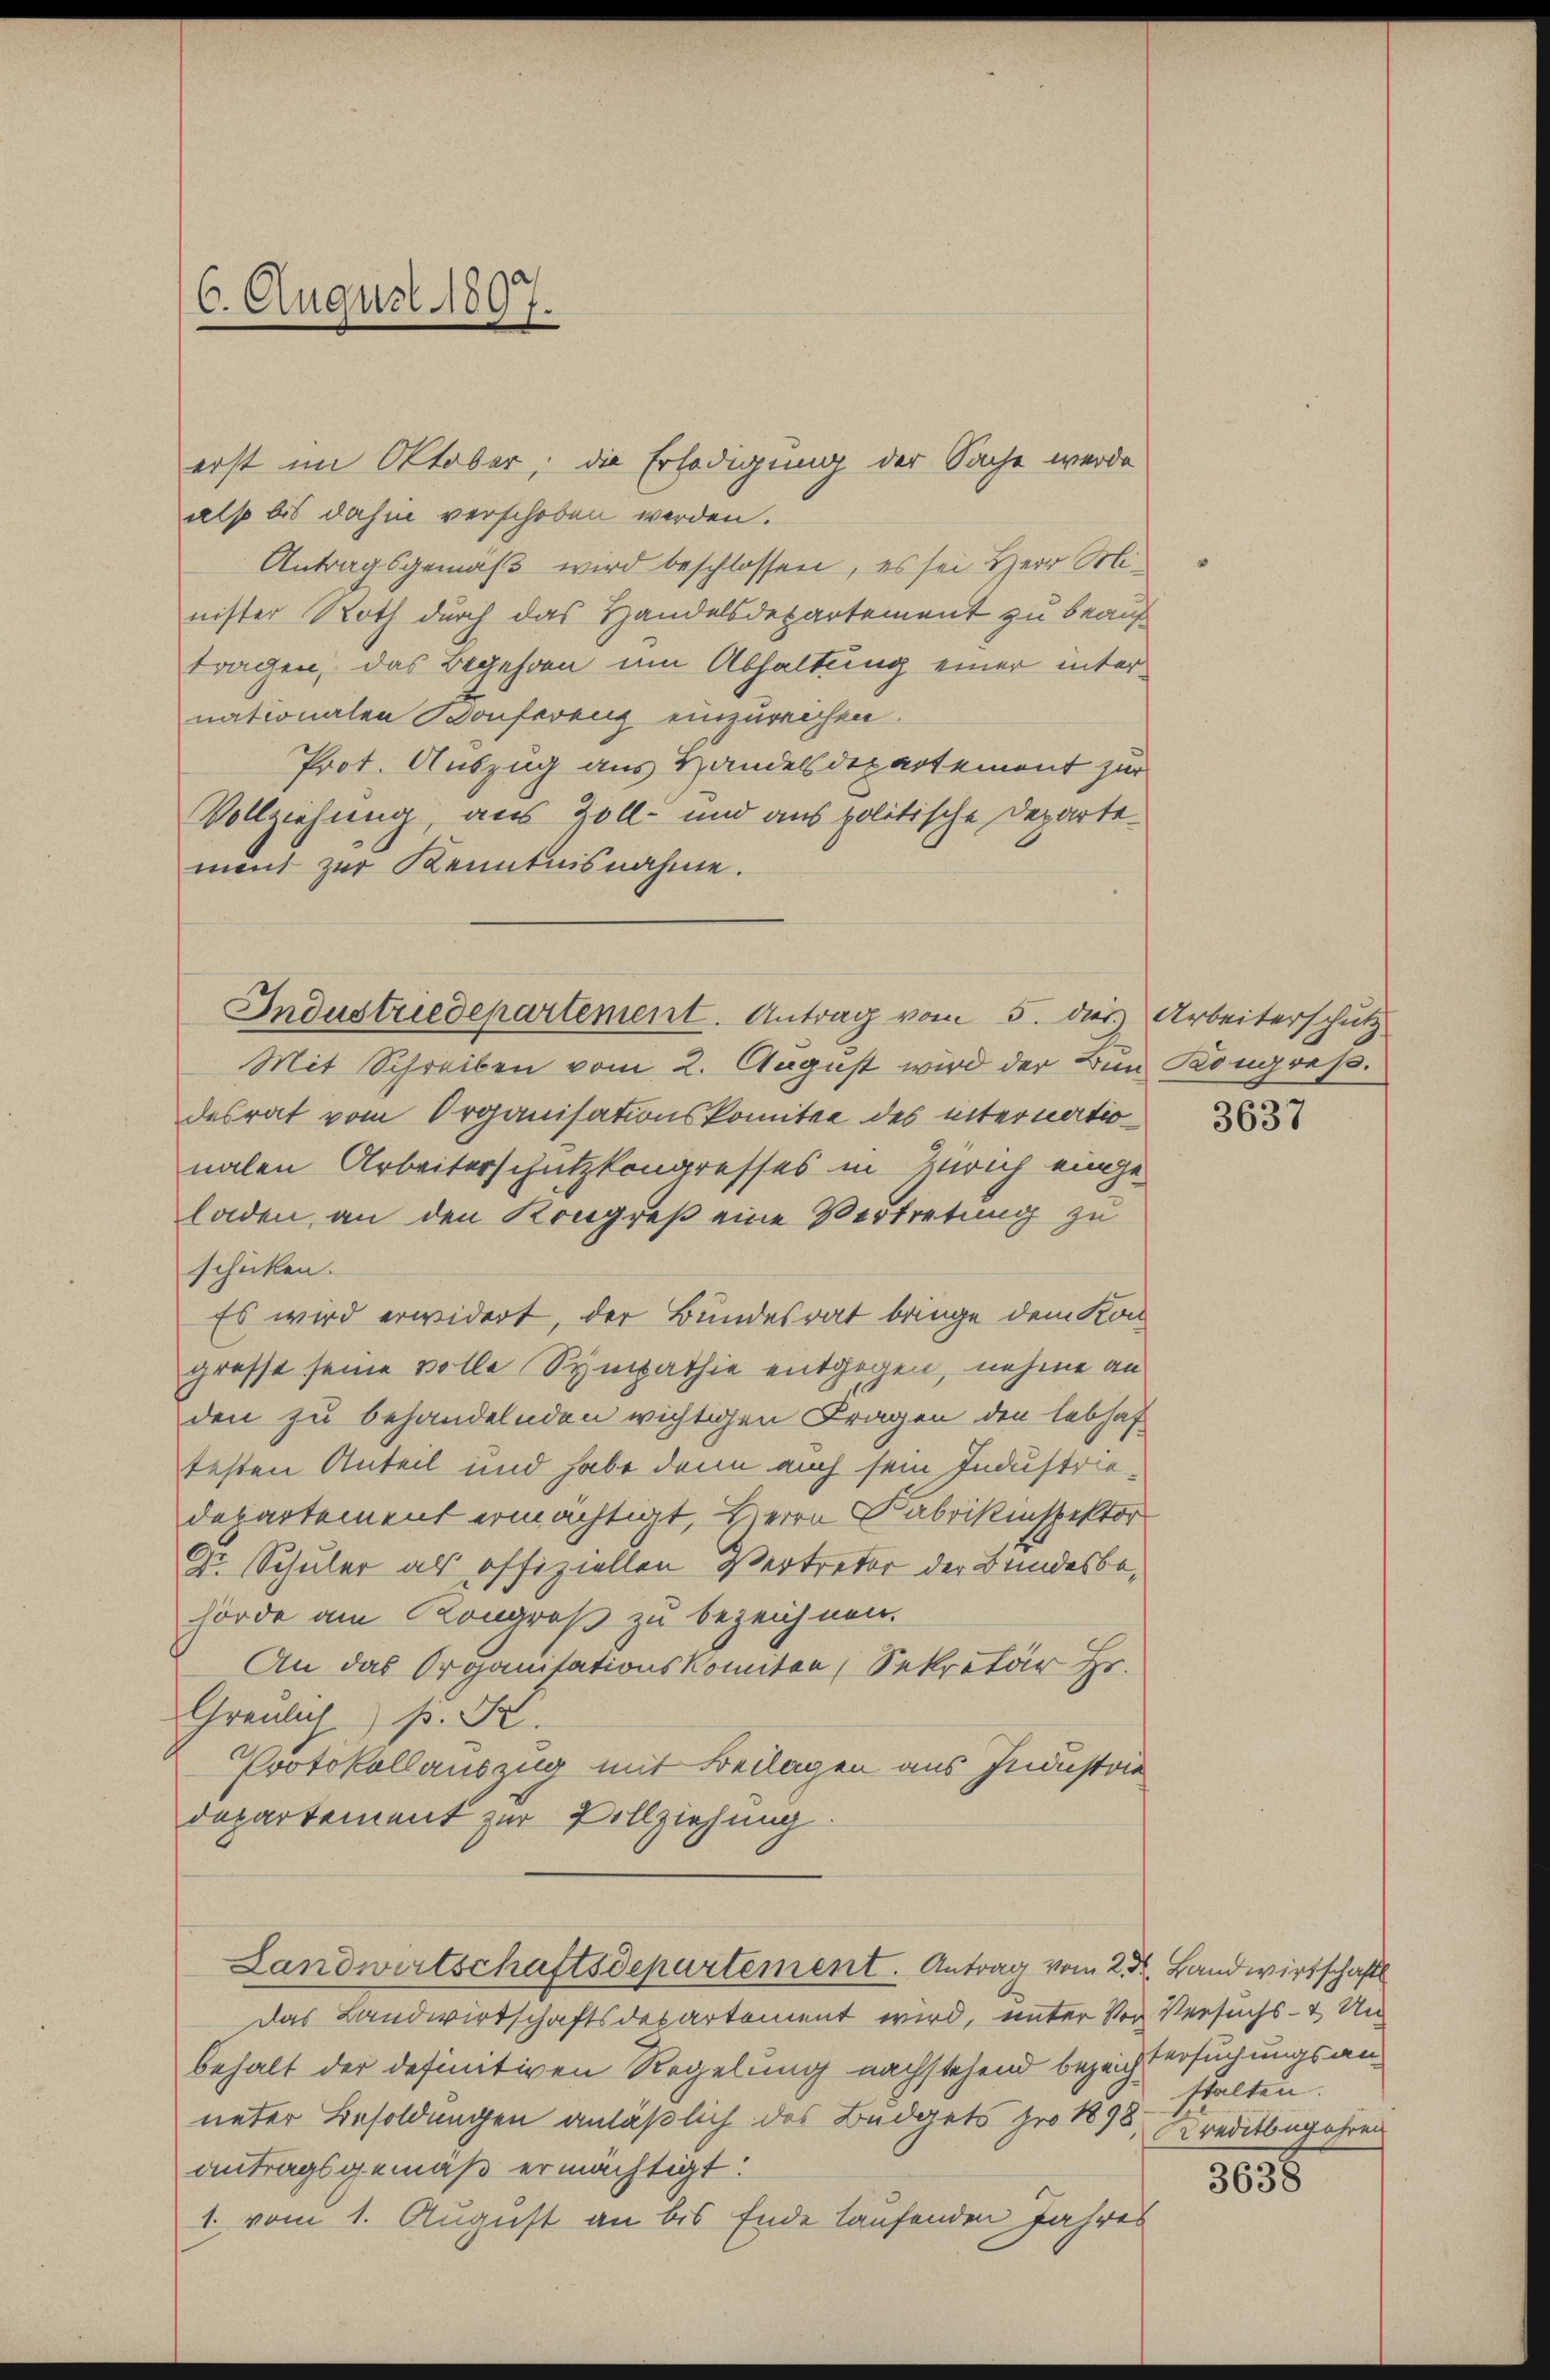
6. August 1897.

also bis dahin verschoben werden.
Antragsgemäß wird beschlossen, es sei Herr Minister Roth durch das Handelsdepartement zu beauf
tragen, das Begehren um Abhaltung einer internationalen Bonferenz einzureichen.
Prot. Auszug aus Handelsdepartement für
Vollziehung, aus Zoll- und aus politische Departement zur Kenntnisnahme.

Industriedepartement. Antrag vom 5. dies Arbeiterschutz

erst im Oktober, die Erledigung der Sache werde

Mit Schreiben vom 2. August wird der Bin Kongreß.
desrat vom Organisationskomitee des internationalen Arbeiterschützkongresses in Zürich einge-
laden, an den Kongreß eine Vertretung zu
schicken.
Es wird erwidert, der Bundesrat bringe dem Kongrosse seine volle Sympathie entgegen, nahme an
den zu behandelnden wichtigen Fragen den lebhaf
testen Anteil und habe dann auch sein Industriedepartement ermächtigt, Herrn Fabrikinspektor
Gr. Schuler als offiziellen Vertreter der Bundesbehörde am Kongroß zu bezeichnen.
An das Organisationskomiter, Sekretär Hr.
Greulich s. S.
Protokollauszug mit Beilagen aus Industrie
departement zur Vollziehung.

Landwirtschaftsdepartement. Antrag vom 2. d. Landwirtschaftl

Das Landwirtschaftsdepartement wird, unter Vor Versuchs- & Unbehalt der definitiven Regelung nachstehend bezeichtersuchungsanueter Besoldungen anläßlich des Büdgets pro 1898, Kreditbegehren
antragsgemäß ermächtigt:
1. vom 1. August an bis Ende laufenden Jahres

3637

stalten.

3038